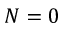
N = 0